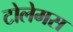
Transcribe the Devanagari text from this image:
टोलेमस